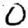
Digit: 0